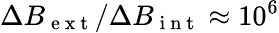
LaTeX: \Delta B_{\mathrm{~e~x~t~}}/\Delta B_{\mathrm{~i~n~t~}}\approx 10^{6}